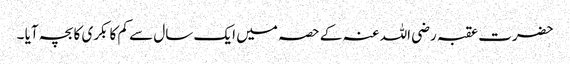
حضرت عقبہ رضی اللہ عنہ کے حصہ میں ایک سال سے کم کا بکری کا بچہ آیا ۔